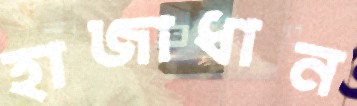
হাজাধান